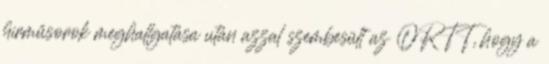
hírműsorok meghallgatása után azzal szembesült az ORTT, hogy a